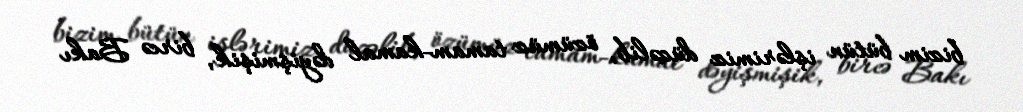
bizim bütün işlərimiz düzəlib, özümüz tamam-kamal dəyişmişik, bircə Bakı